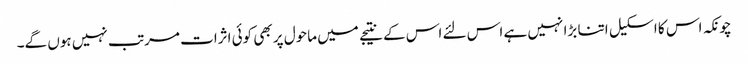
چونکہ اس کا اسکیل اتنا بڑا نہیں ہے اس لئے اس کے نتیجے میں ماحول پر بھی کوئی اثرات مرتب نہیں ہوں گے۔